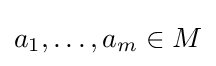
a_{1},\ldots ,a_{m}\in M